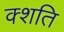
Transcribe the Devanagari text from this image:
क्शति